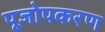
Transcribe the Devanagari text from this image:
पूजोपकरण